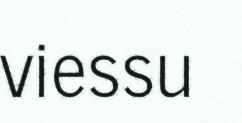
viessu